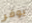
يوفر